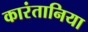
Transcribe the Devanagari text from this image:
कारंतानिया